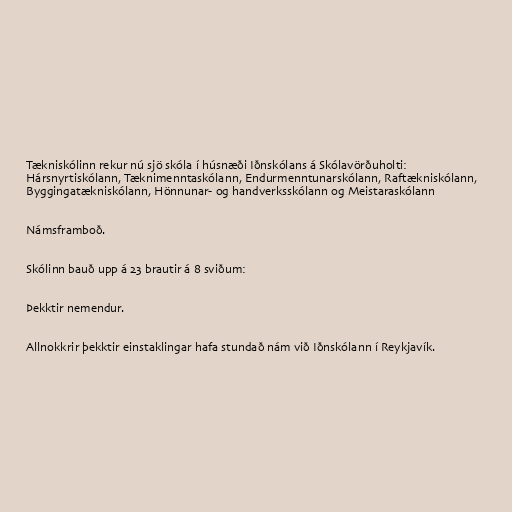
Tækniskólinn rekur nú sjö skóla í húsnæði Iðnskólans á Skólavörðuholti:
Hársnyrtiskólann, Tæknimenntaskólann, Endurmenntunarskólann, Raftækniskólann,
Byggingatækniskólann, Hönnunar- og handverksskólann og Meistaraskólann

Námsframboð.

Skólinn bauð upp á 23 brautir á 8 sviðum:

Þekktir nemendur.

Allnokkrir þekktir einstaklingar hafa stundað nám við Iðnskólann í Reykjavík.